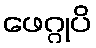
ဖေဂ္ဂုပိ